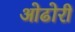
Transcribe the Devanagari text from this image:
ओढोरी